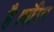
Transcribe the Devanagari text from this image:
है।वॉरेन